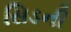
સિડની